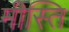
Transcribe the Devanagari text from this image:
मीस्ति